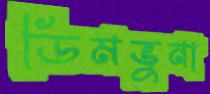
ডিমভুনা